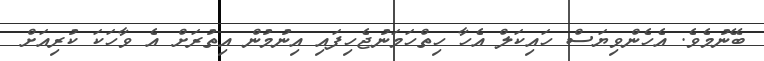
ބޭނުމެވެ. އެހެންވިޔަސް ހައިކަލް އެހާ ހިތްހަމަނުޖެހިފައި އިނުމުން އިތުރަށް އެ ވާހަކަ ކުރިއަށް